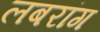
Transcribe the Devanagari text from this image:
लबरांग